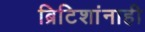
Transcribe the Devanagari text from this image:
ब्रिटिशांनाही